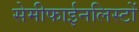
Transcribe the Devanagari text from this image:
सेमीफाईनलिस्टों